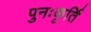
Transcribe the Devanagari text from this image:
पुनःकृर्ति